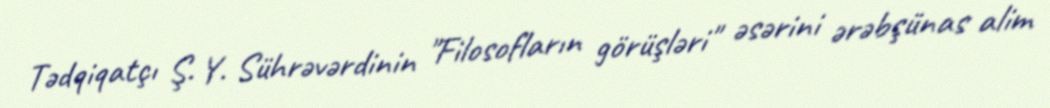
Tədqiqatçı Ş. Y. Sührəvərdinin "Filosofların görüşləri" əsərini ərəbşünas alim